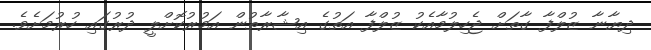
ދިޔާނާ ޒުލްފާ ގާތަށް ޖެހިލުމާއެކު ޒުލްފާ އަތުގެ އިޝާރާތުން އަމުރުކޮށްލީ ދުރުގައި ހުރުމަށެވެ.